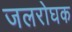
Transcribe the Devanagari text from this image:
जलरोघक